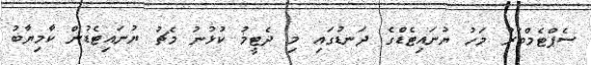
ސެޕްޓެމްބަރު މަހު ޔުނައިޓެޑްގެ ދަނޑުގައި މި ދެޓީމު ކުޅުނު މެޗު ޔުނައިޓެޑުން ކާމިޔާބު